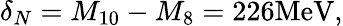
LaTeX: \delta_{N}=M_{10}-M_{8}=226\mathrm{MeV},